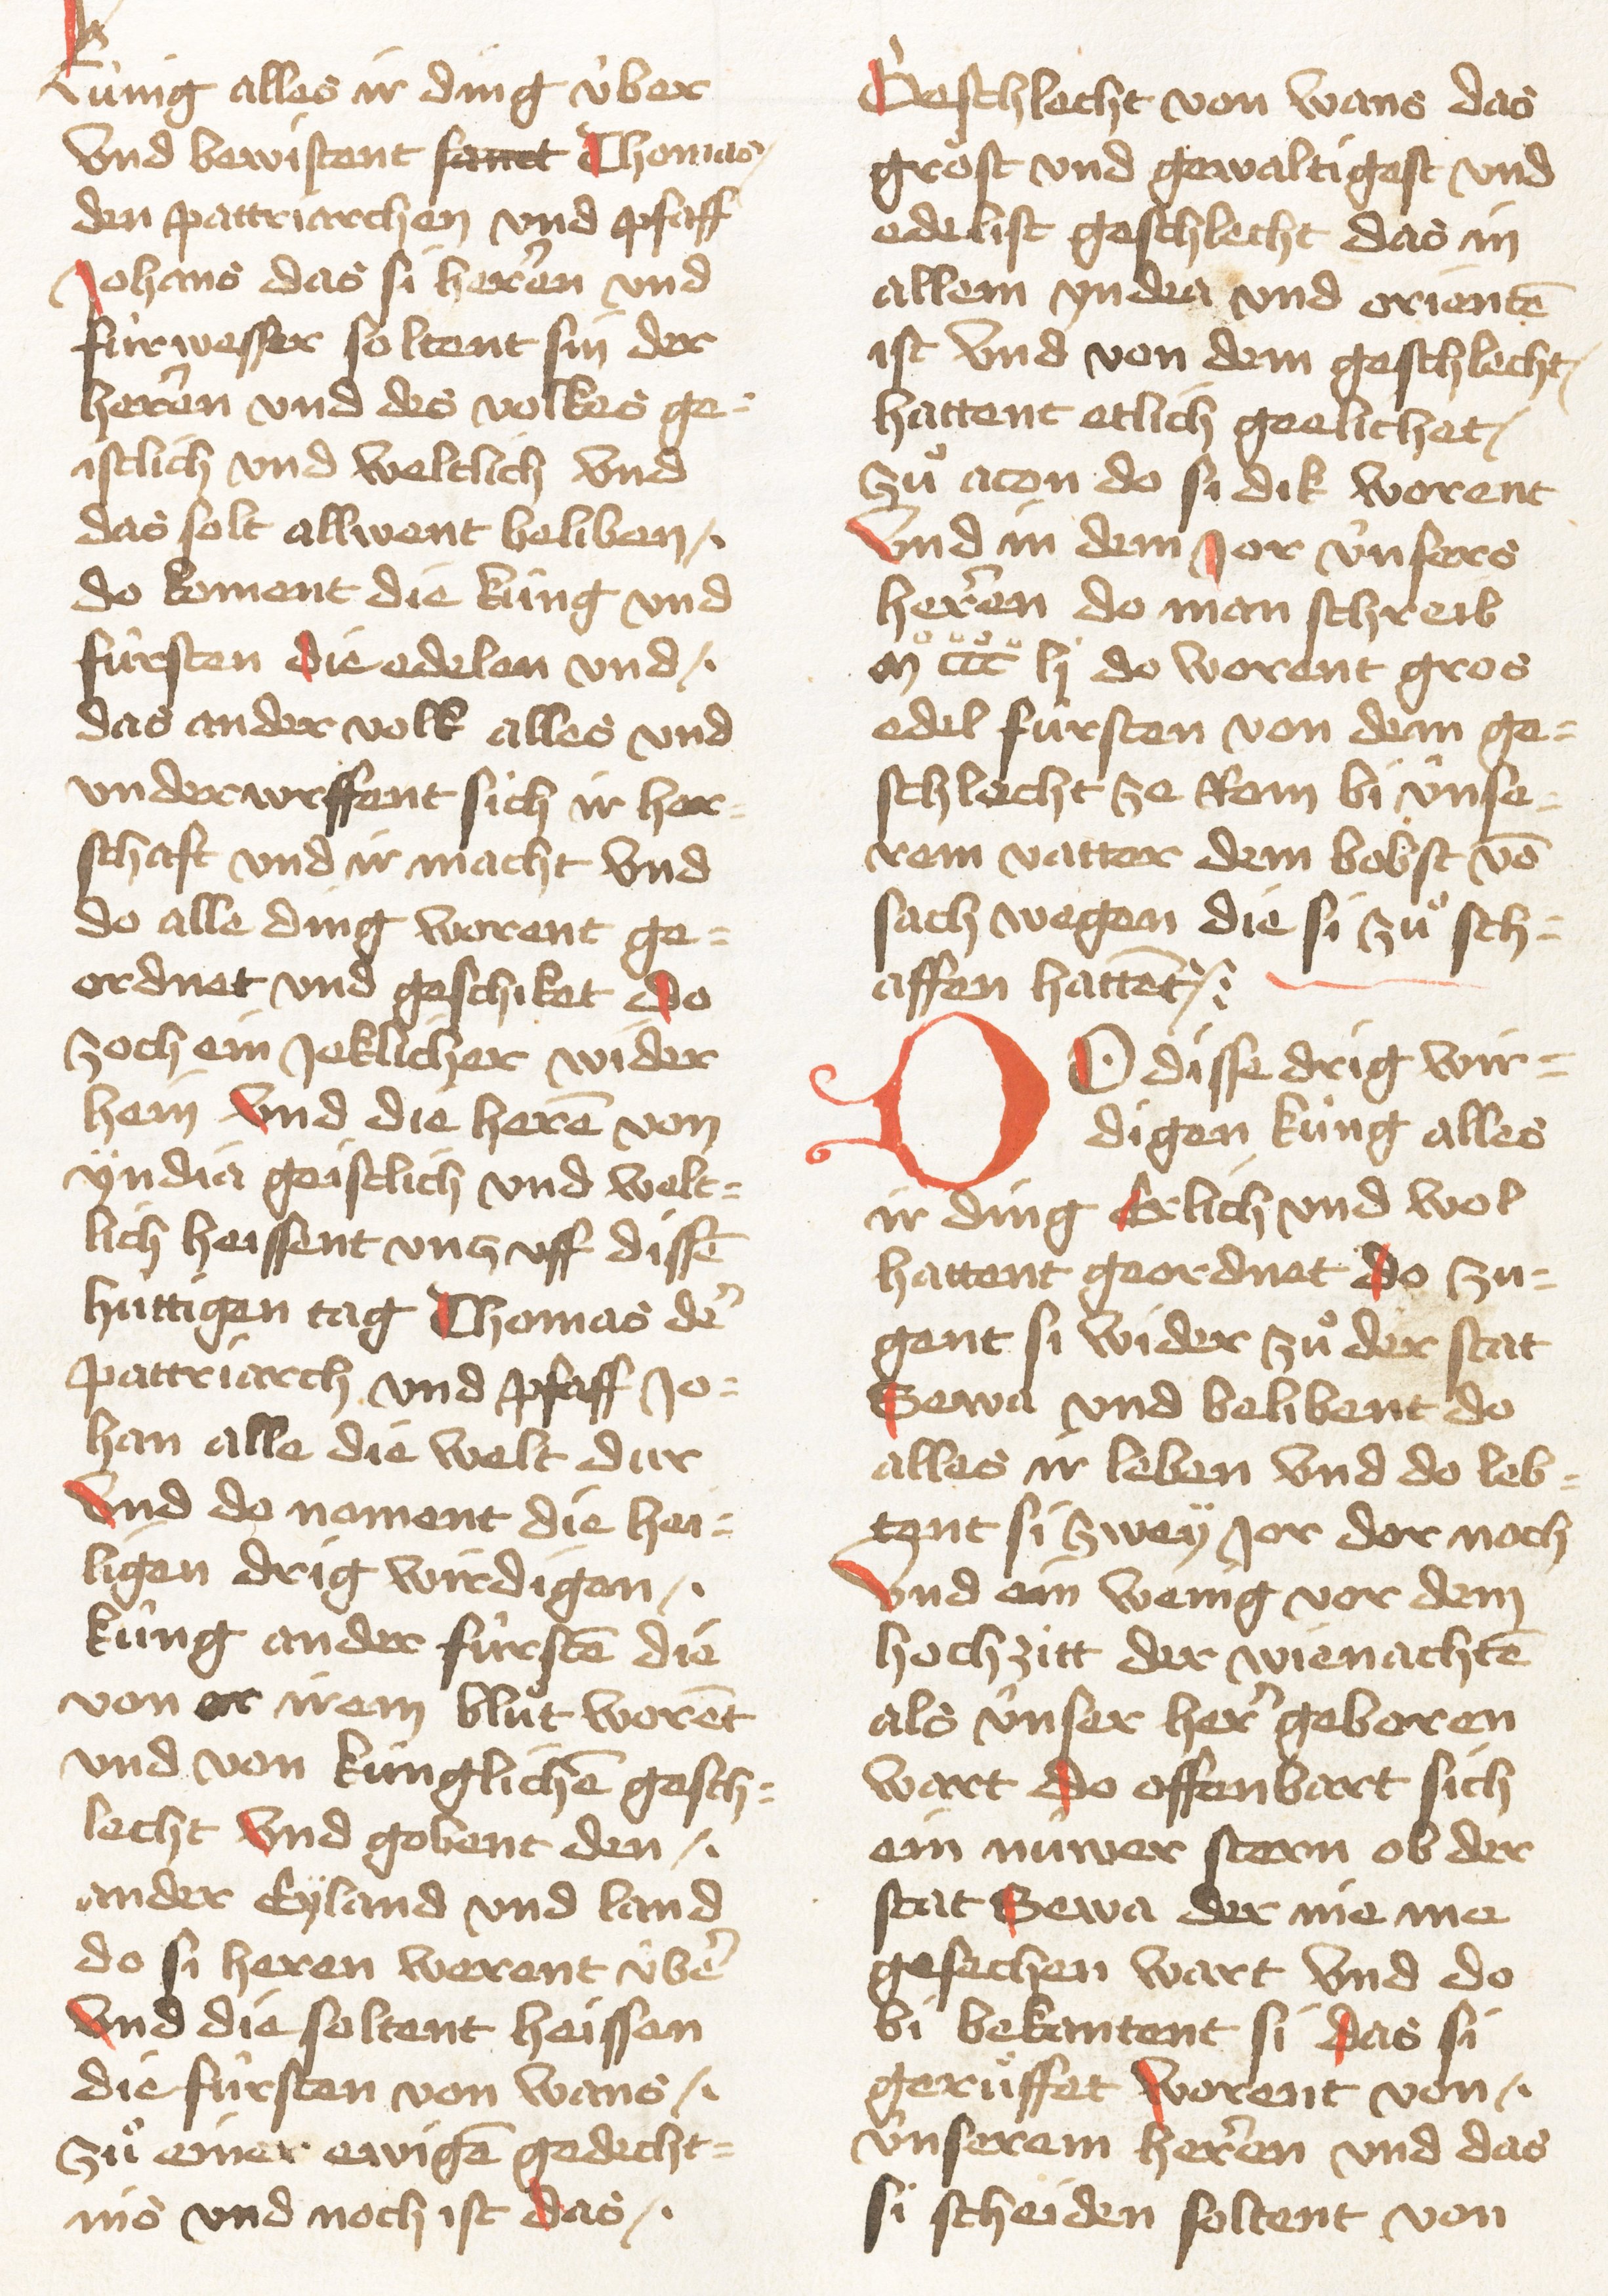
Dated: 1467–1467